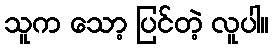
သူက သော့ ပြင်တဲ့ လူပါ။